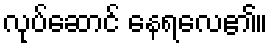
လုပ်ဆောင် နေရလေ၏။